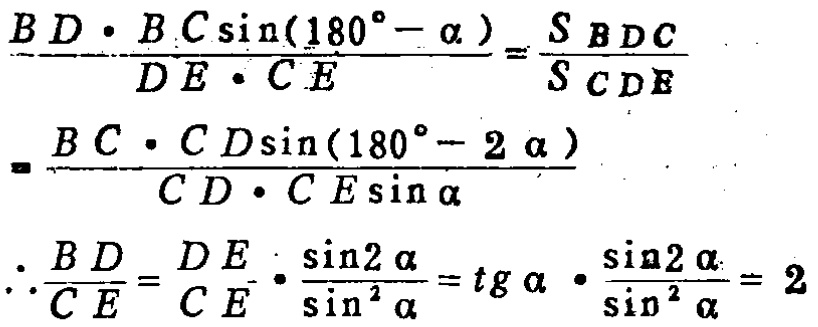
\[\begin{align*}
&\frac{BD\cdot BC\sin(180^{\circ}-\alpha)}{DE\cdot CE}=\frac{S_{BDC}}{S_{CDE}}\\
=&\frac{BC\cdot CD\sin(180^{\circ}-2\alpha)}{CD\cdot CE\sin\alpha}\\
\therefore&\frac{BD}{CE}=\frac{DE}{CE}\cdot\frac{\sin2\alpha}{\sin^{2}\alpha}=tg\alpha\cdot\frac{\sin2\alpha}{\sin^{2}\alpha}=2
\end{align*}\]